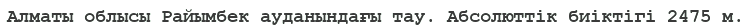
Алматы облысы Райымбек ауданындағы тау. Абсолюттiк биіктігі 2475 м.